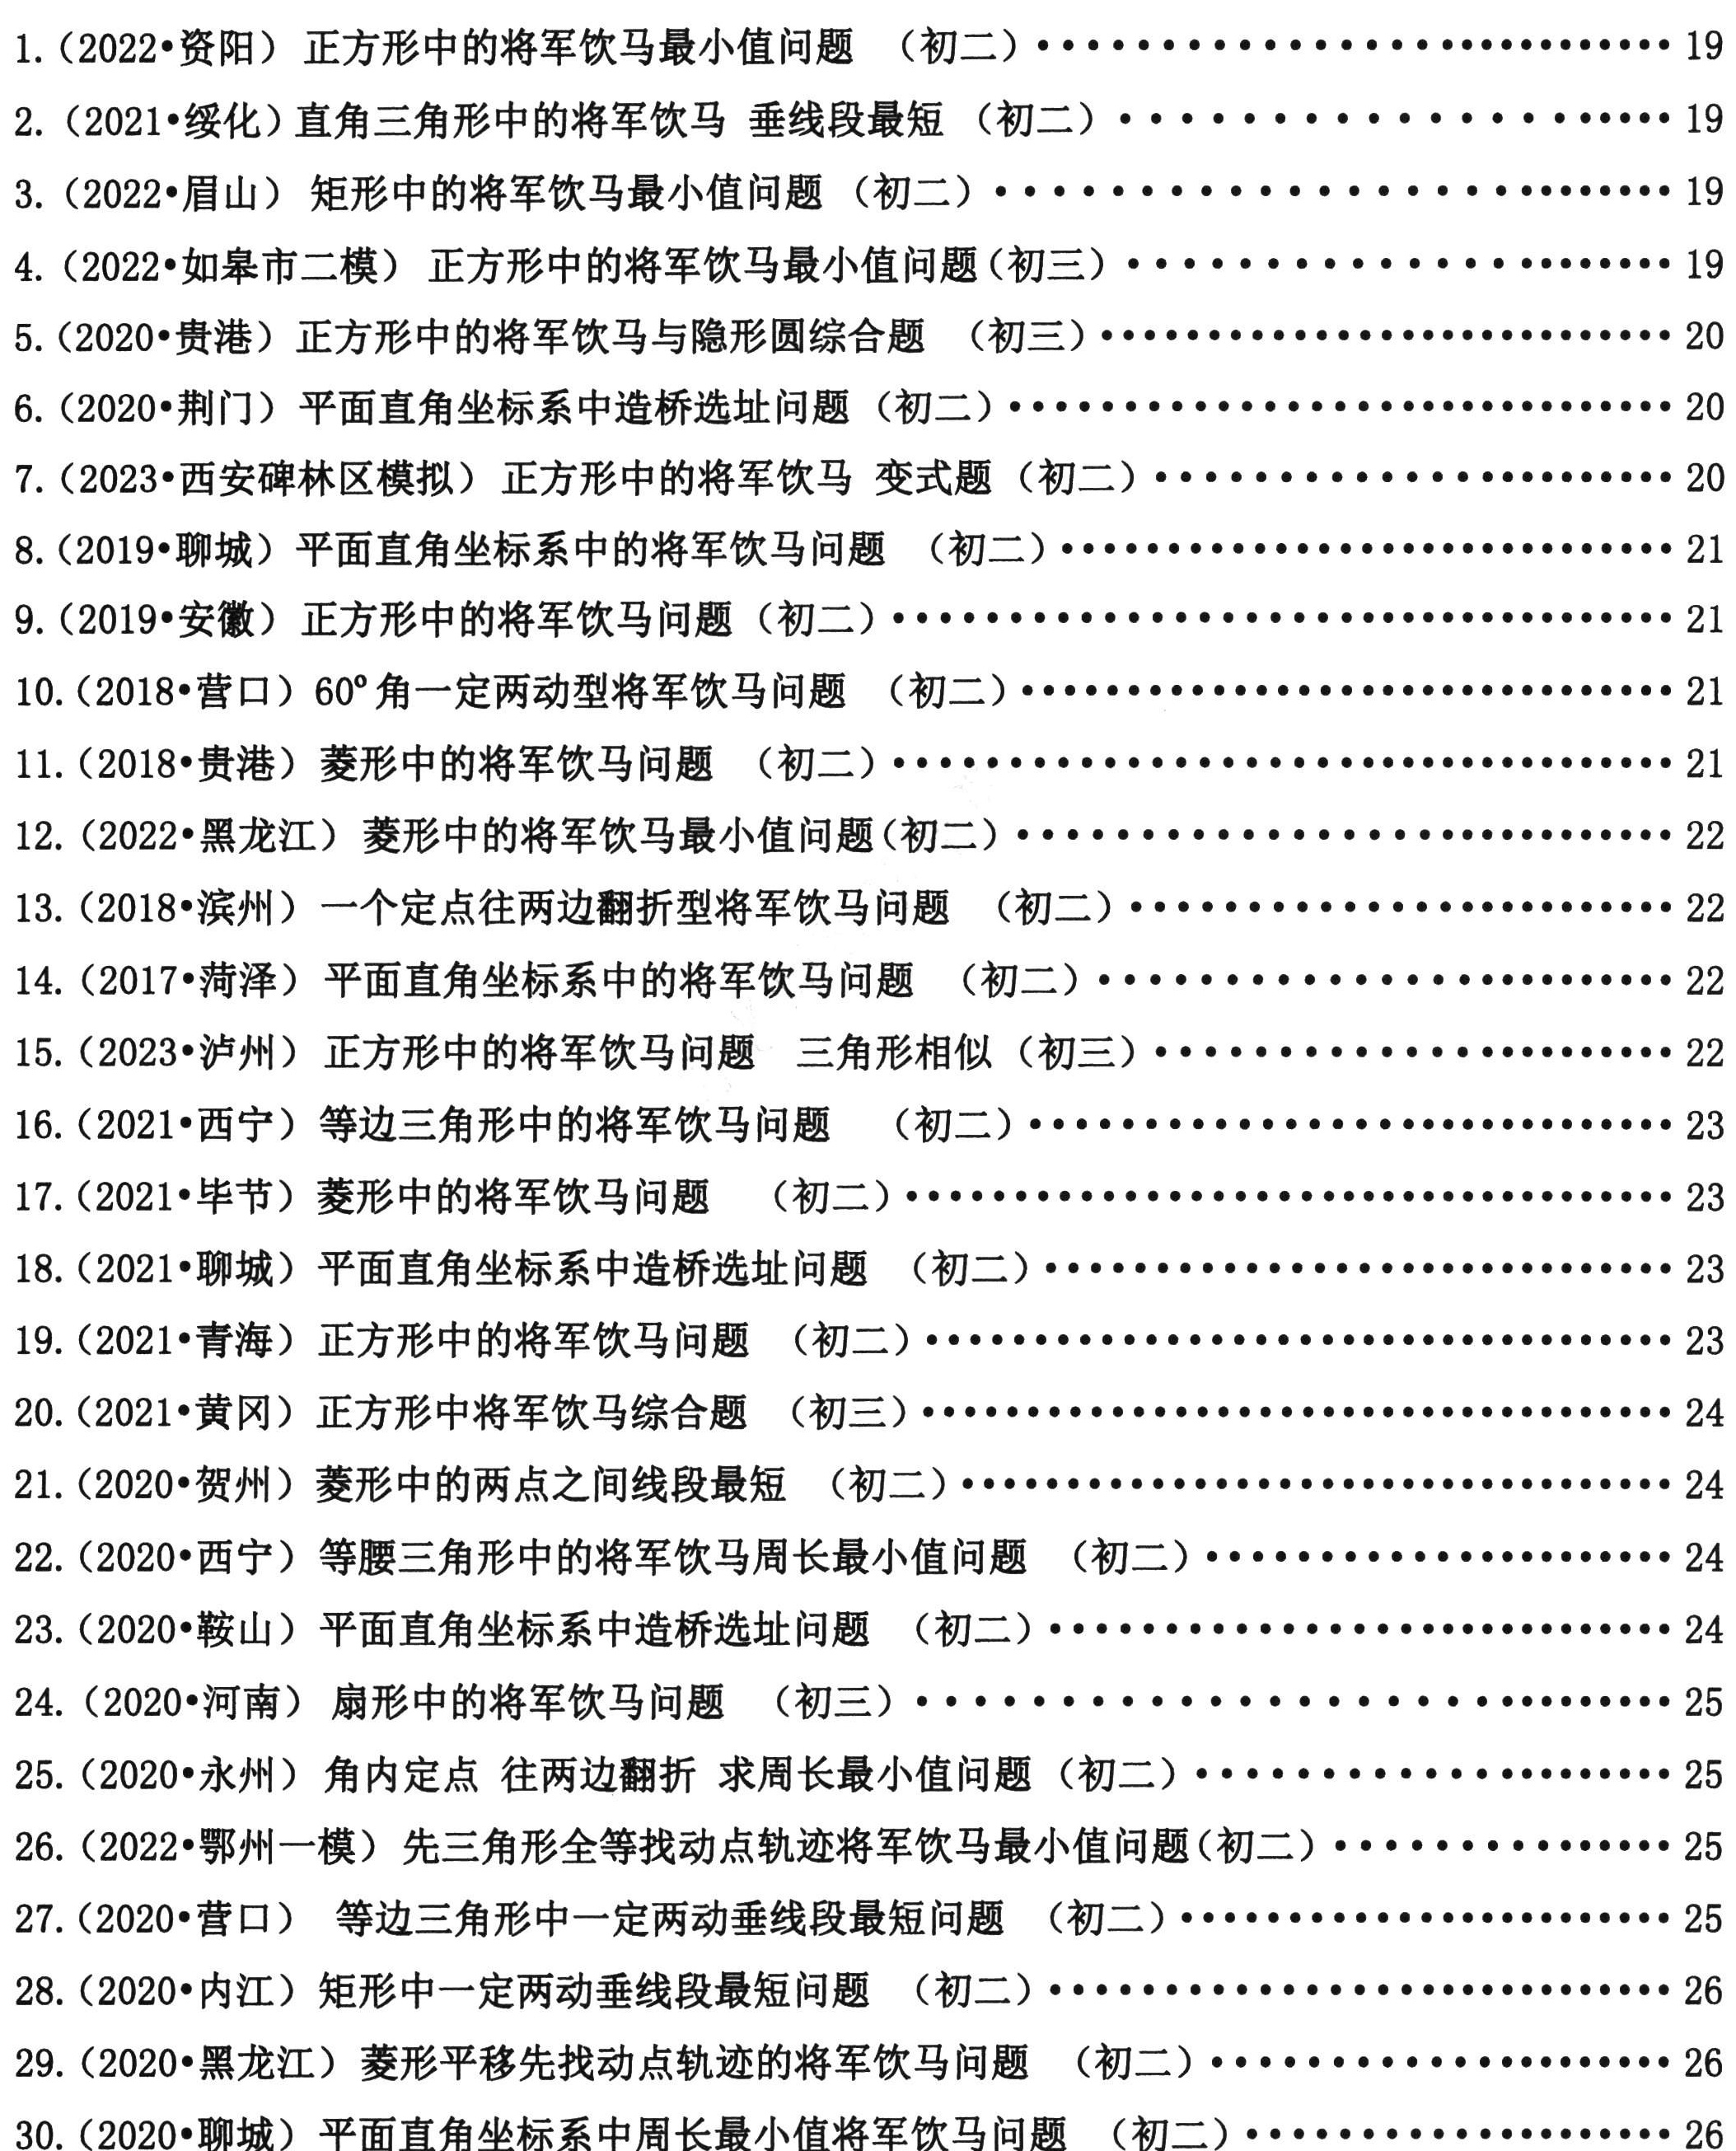
1. (2022•资阳) 正方形中的将军饮马最小值问题（初二）........................................ 19

2. (2021•绥化) 直角三角形中的将军饮马 垂线段最短（初二）................................ 19

3. (2022•眉山) 矩形中的将军饮马最小值问题（初二）........................................ 19

4. (2022•如皋市二模) 正方形中的将军饮马最小值问题(初三）................................ 19

5. (2020•贵港) 正方形中的将军饮马与隐形圆综合题（初三）................................ 20

6. (2020•荆门) 平面直角坐标系中造桥选址问题（初二）...................................... 20

7. (2023•西安碑林区模拟) 正方形中的将军饮马 变式题（初二）.............................. 20

8. (2019•聊城) 平面直角坐标系中的将军饮马问题 （初二）.................................. 21

9. (2019•安徽) 正方形中的将军饮马问题（初二）............................................ 21

10. (2018•营口) 60°角一定两动型将军饮马问题（初二）...................................... 21

11. (2018•贵港) 菱形中的将军饮马问题（初二）.............................................. 21

12. (2022•黑龙江) 菱形中的将军饮马最小值问题(初二）...................................... 22

13. (2018•滨州) 一个定点往两边翻折型将军饮马问题（初二）................................. 22

14. (2017•菏泽) 平面直角坐标系中的将军饮马问题（初二）.................................. 22

15. (2023•泸州) 正方形中的将军饮马问题 三角形相似（初三）.............................. 22

16. (2021•西宁) 等边三角形中的将军饮马问题（初二）...................................... 23

17. (2021•毕节) 菱形中的将军饮马问题（初二）.............................................. 23

18. (2021•聊城) 平面直角坐标系中造桥选址问题（初二）...................................... 23

19. (2021•青海) 正方形中的将军饮马问题（初二）............................................ 24

20. (2021•黄冈) 正方形中将军饮马综合题（初三）............................................ 24

21. (2020•贺州) 菱形中两中点之间线段最短（初二）.......................................... 24

22. (2020•西山) 等腰直角三角形中的将军饮马最小值问题（初二）.............................. 24

23. (2020•鞍山) 平面直角坐标系中造桥选址问题（初二）...................................... 24

24. (2020•河南) 扇形中的将军饮马问题（初三）................................................ 25

25. (2020•永州) 角内定点 往两边翻折 求周长最小值问题（初二）.............................. 25

26. (2022•鄂州一模) 先三角形全等找动点轨迹将军饮马最小值问题(初二）...................... 25

27. (2020•营口) 等边三角形中一定两动垂线段最短问题（初二）.............................. 25

28. (2020•内江) 矩形中一定两动垂线段最短问题（初二）...................................... 26

29. (2020•黑龙江) 菱形平移先找动点轨迹的将军饮马问题（初二）.............................. 26

30. (2020•聊城) 平面直角坐标系中周长最小值将军饮马问题（初二）.............................. 26